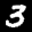
Label: 3